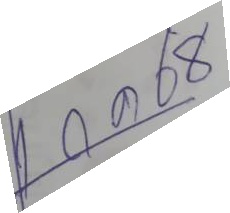
1 ก.ค. 68